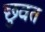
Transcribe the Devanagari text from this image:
छुवत